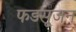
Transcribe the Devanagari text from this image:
फडसूजन